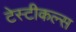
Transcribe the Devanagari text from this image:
टेस्टीकल्स